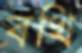
বখি